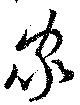
家